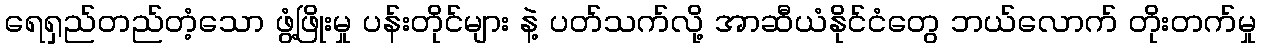
ရေရှည်တည်တံ့သော ဖွံ့ဖြိုးမှု ပန်းတိုင်များ နဲ့ ပတ်သက်လို့ အာဆီယံနိုင်ငံတွေ ဘယ်လောက် တိုးတက်မှု